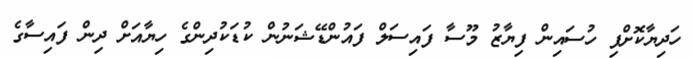
ހަދިޔާކޮށްފި ހުސައިން ފިޔާޒު މޫސާ ފައިސަލް ފައުންޑޭޝަނުން ކުޑަކުދިންގެ ހިޔާއަށް ދިން ފައިސާގެ